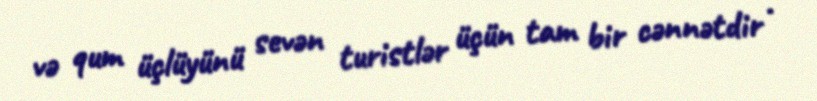
və qum üçlüyünü sevən turistlər üçün tam bir cənnətdir .